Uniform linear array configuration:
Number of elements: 48
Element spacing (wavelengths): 0.25
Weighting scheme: binomial
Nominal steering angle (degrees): -30
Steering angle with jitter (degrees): -28.025
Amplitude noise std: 0.05
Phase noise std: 0.05

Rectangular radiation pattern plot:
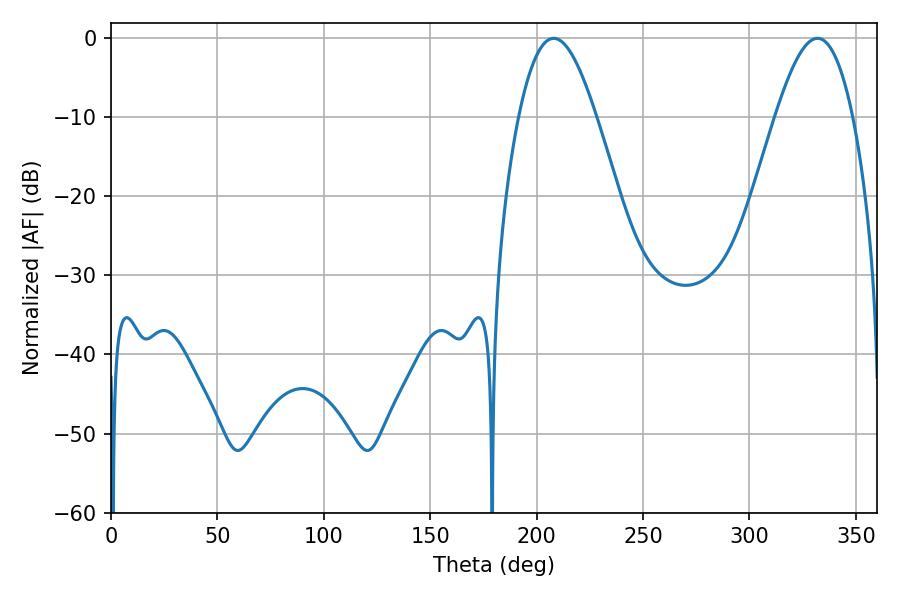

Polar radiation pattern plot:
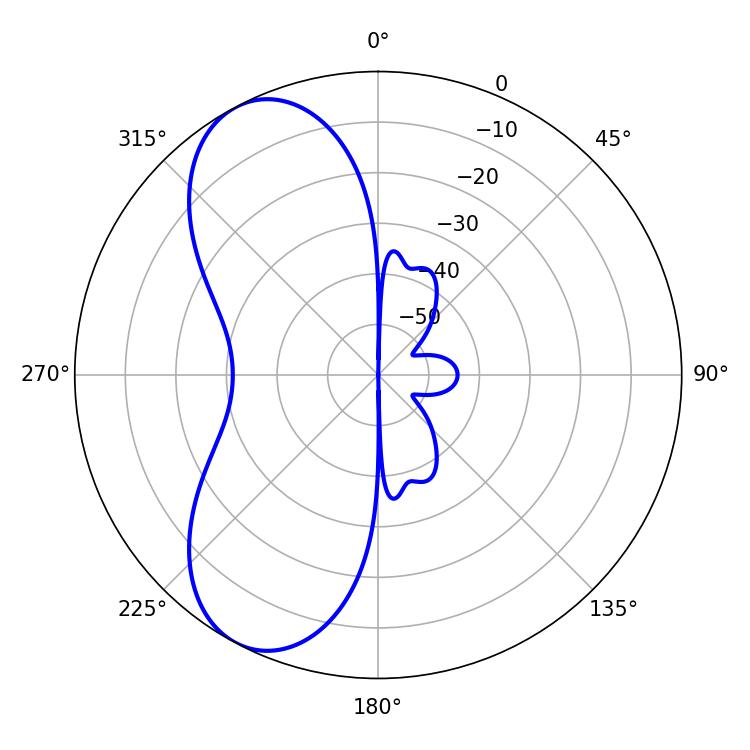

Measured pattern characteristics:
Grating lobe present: FALSE
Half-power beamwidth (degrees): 19.62
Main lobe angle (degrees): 208.08